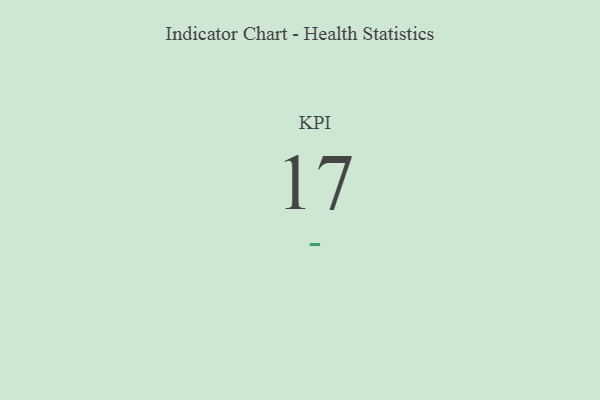
{"axis": {"x": "KPI", "y": "Value"}, "legend": [""], "data": [{"x": "KPI", "y": 17, "type": ""}]}